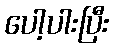
ပေါ့ပါးပြီး